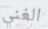
الغني